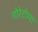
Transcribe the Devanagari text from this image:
गोरेटोमा